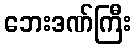
ဘေးဒဏ်ကြီး